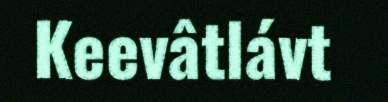
Keevâtlávt